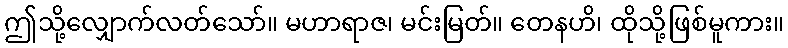
ဤသို့လျှောက်လတ်သော်။ မဟာရာဇ၊ မင်းမြတ်။ တေနဟိ၊ ထိုသို့ဖြစ်မူကား။